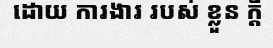
ដោយ ការងារ របស់ ខ្លួន ក្តី